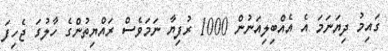
ގައިމު ދިޔަނަމަ އެ އެއްބިލިއަނުން 1000 ރުފިޔާ ނަމަވެސް ރައްޔިތުންގެ ހާލުގަ ޖެހިފަ